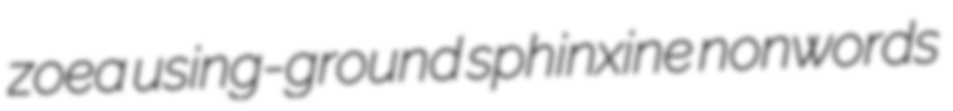
zoea using-ground sphinxine nonwords